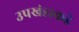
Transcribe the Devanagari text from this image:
उपखंडाकडे